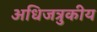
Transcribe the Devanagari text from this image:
अधिजत्रुकीय